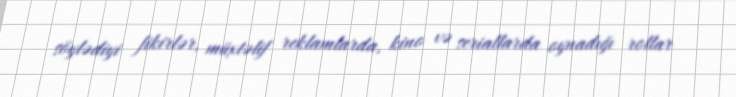
söylədiyi fikirlər, müxtəlif reklamlarda, kino və seriallarda oynadığı rollar